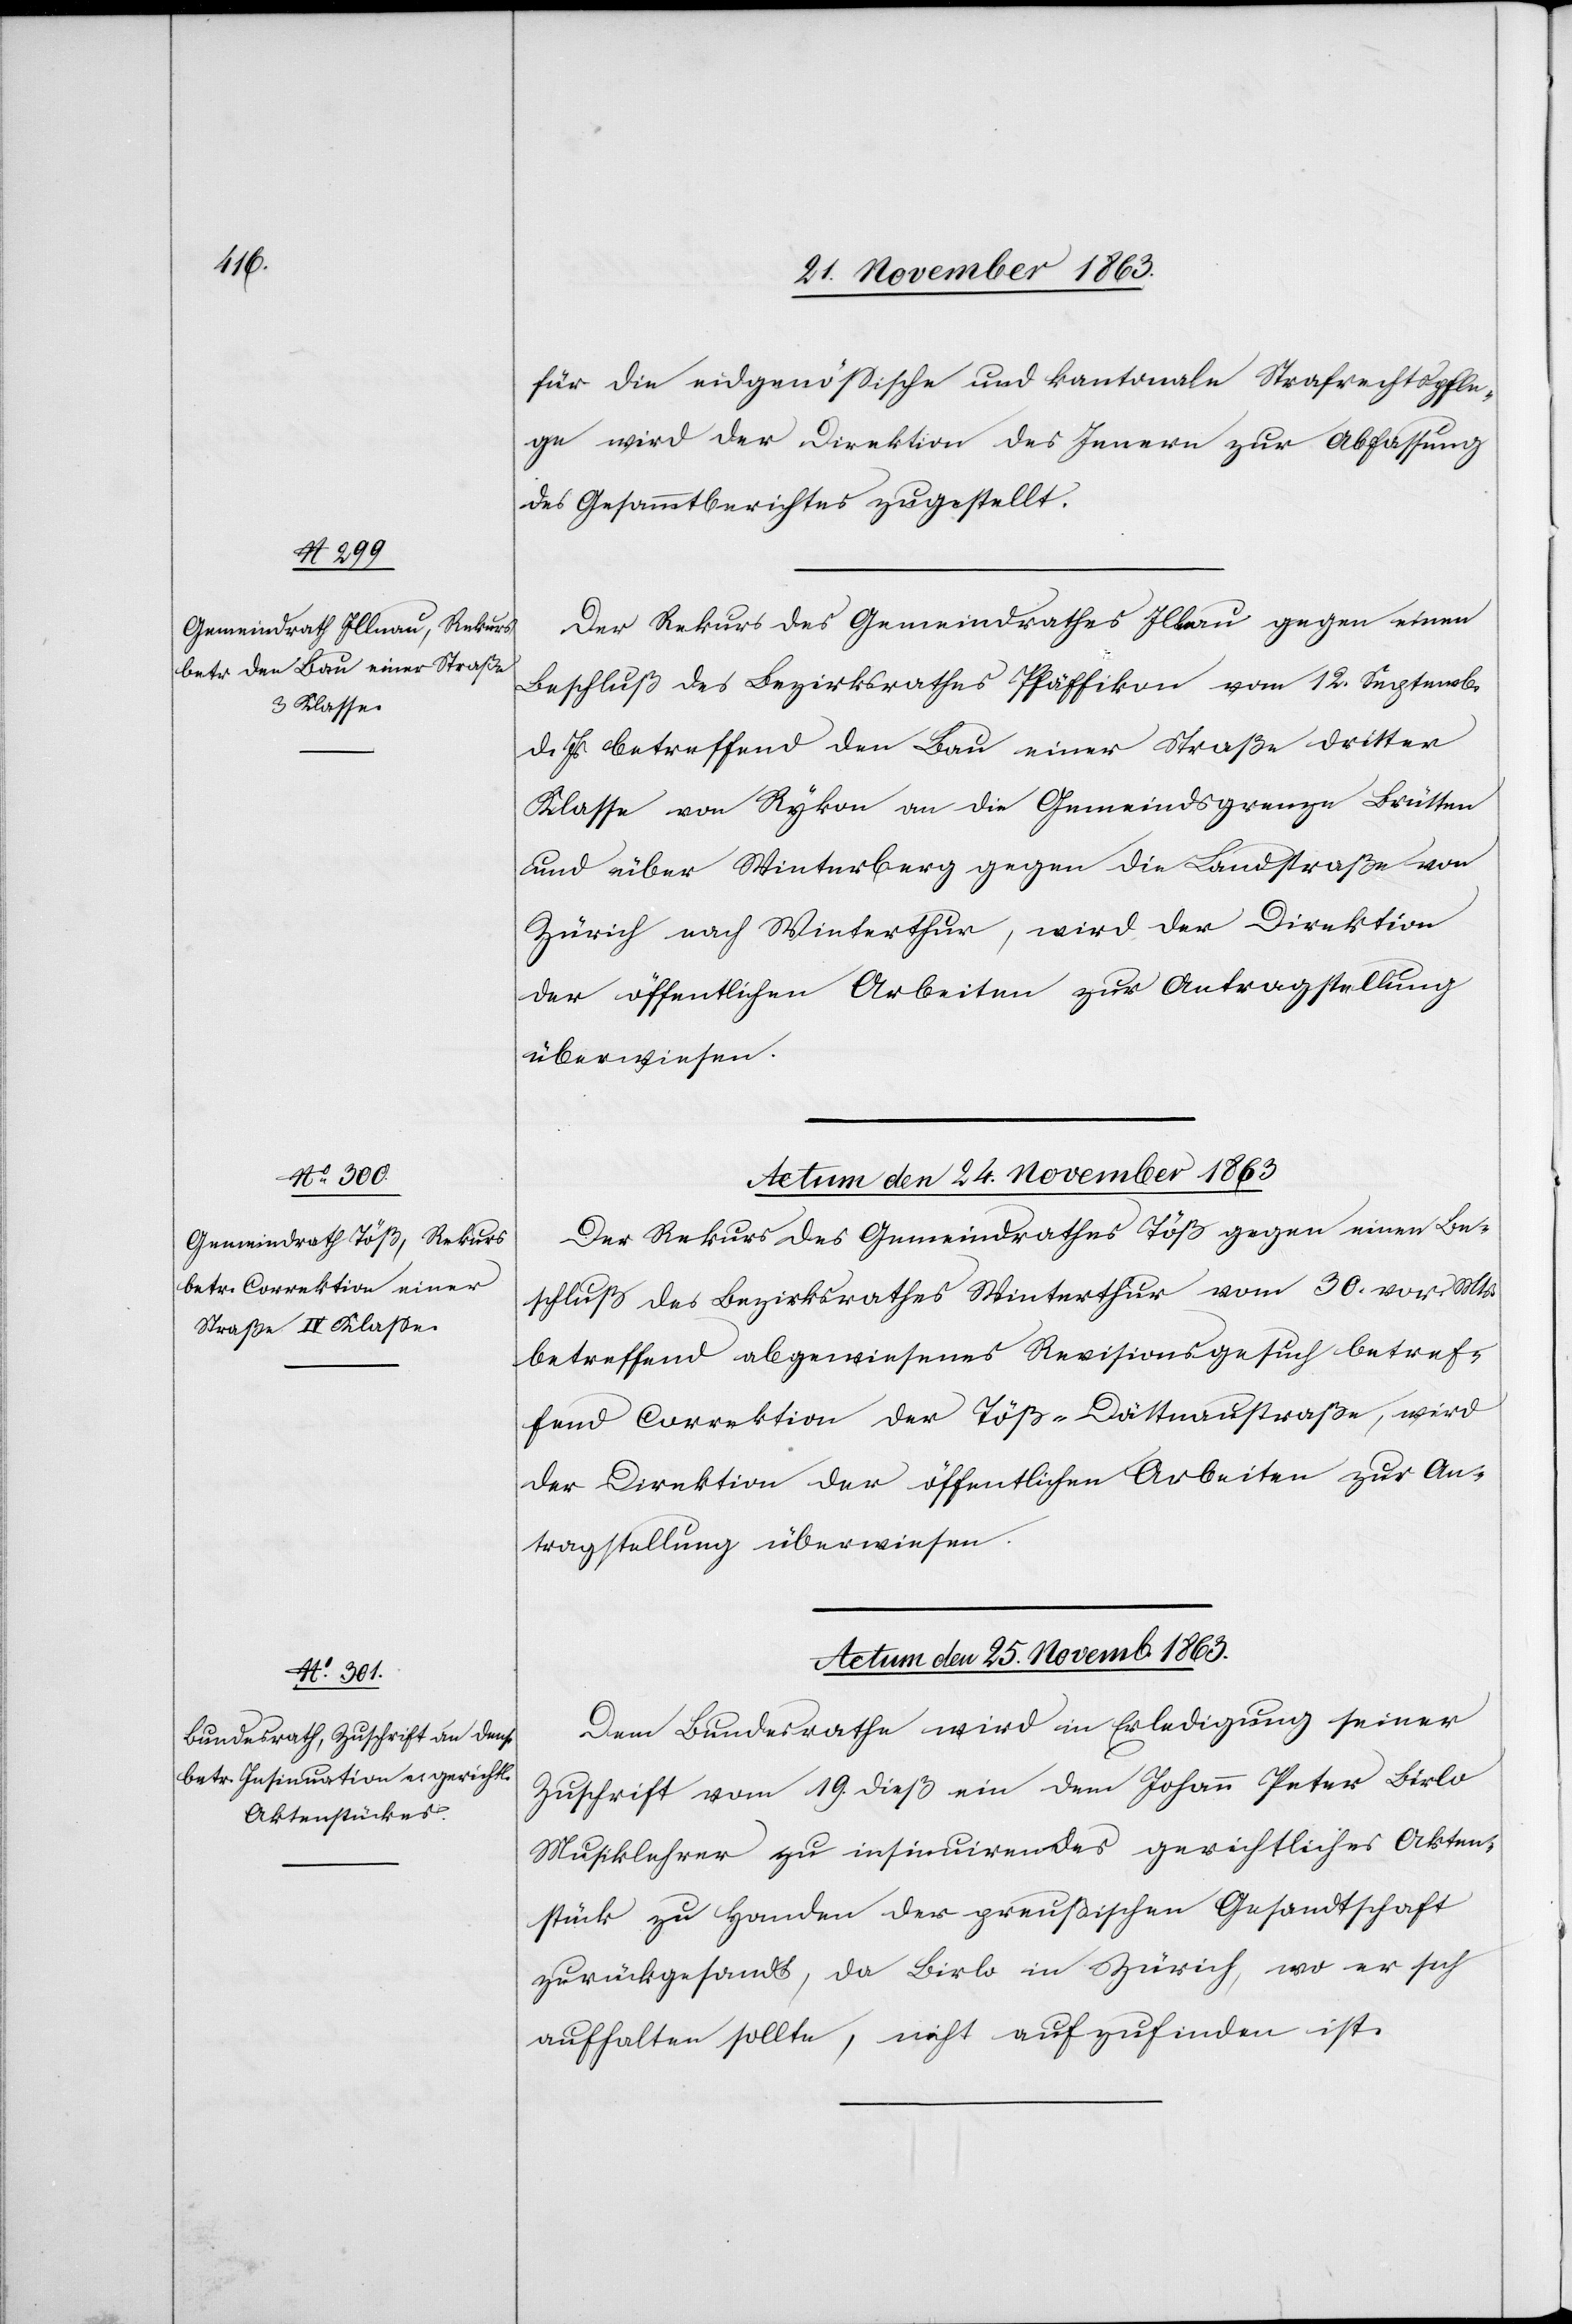
für die eidgenössische und kantonale Strafrechtspfle¬
ge wird der Direktion des Innern zur Abfassung
des Gesammtberichtes zugestellt.
Der Rekurs des Gemeindrathes Illnau gegen einen
Beschluß des Bezirksrathes Pfäffikon vom 12. Septemb.
d. Js. betreffend den Bau einer Straße dritter
Klasse von Rykon an die Gemeindsgrenze Brütten
und über Winterberg gegen die Landstraße von
Zürich nach Winterthur, wird der Direktion
der öffentlichen Arbeiten zur Antragstellung
überwiesen.
Actum den 24. November 1863
Der Rekurs des Gemeindrathes Töß gegen einen Be¬
schluß des Bezirksrathes Winterthur vom 30. vor. Mts.
betreffend abgewiesenes Revisionsgesuch betref¬
fend Correktion der Töß-Dättnaustraße, wird
der Direktion der öffentlichen Arbeiten zur An¬
tragstellung überwiesen.
Actum den 25. Novemb. 1863.
Dem Bundesrathe wird in Erledigung seiner
Zuschrift vom 19. dieß ein dem Johann Peter Birlo
Musiklehrer zu insinuirendes gerichtliches Akten¬
stück zu Handen der preußischen Gesandtschaft
zurückgesandt, da Birlo in Zürich, wo er sich
aufhalten sollte, nicht aufzufinden ist.